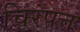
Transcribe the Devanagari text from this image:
चिरंपत्त